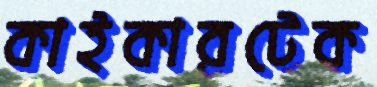
কাইকারটেক